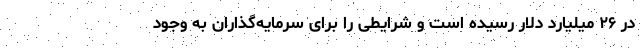
در ۲۶ میلیارد دلار رسیده است و شرایطی را برای سرمایه‌گذاران به وجود